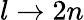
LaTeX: l\rightarrow 2n